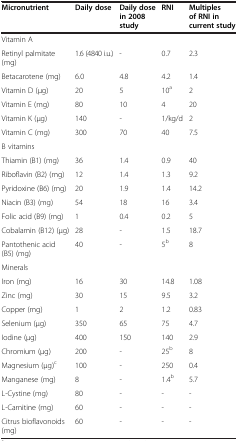
<table><thead><tr><td><b>Micronutrient</b></td><td><b>Daily dose</b></td><td><b>Daily dose in 2008 study</b></td><td><b>RNI</b></td><td><b>Multiples of RNI in current study</b></td></tr></thead><tbody><tr><td>Vitamin A</td><td> </td><td> </td><td> </td><td> </td></tr><tr><td>Retinyl palmitate (mg)</td><td>1.6 (4840 i.u.)</td><td>-</td><td>0.7</td><td>2.3</td></tr><tr><td>Betacarotene (mg)</td><td>6.0</td><td>4.8</td><td>4.2</td><td>1.4</td></tr><tr><td>Vitamin D (μg)</td><td>20</td><td>5</td><td>10<sup>a</sup></td><td>2</td></tr><tr><td>Vitamin E (mg)</td><td>80</td><td>10</td><td>4</td><td>20</td></tr><tr><td>Vitamin K (μg)</td><td>140</td><td>-</td><td>1/kg/d</td><td>2</td></tr><tr><td>Vitamin C (mg)</td><td>300</td><td>70</td><td>40</td><td>7.5</td></tr><tr><td>B vitamins</td><td> </td><td> </td><td> </td><td> </td></tr><tr><td>Thiamin (B1) (mg)</td><td>36</td><td>1.4</td><td>0.9</td><td>40</td></tr><tr><td>Riboflavin (B2) (mg)</td><td>12</td><td>1.4</td><td>1.3</td><td>9.2</td></tr><tr><td>Pyridoxine (B6) (mg)</td><td>20</td><td>1.9</td><td>1.4</td><td>14.2</td></tr><tr><td>Niacin (B3) (mg)</td><td>54</td><td>18</td><td>16</td><td>3.4</td></tr><tr><td>Folic acid (B9) (mg)</td><td>1</td><td>0.4</td><td>0.2</td><td>5</td></tr><tr><td>Cobalamin (B12) (μg)</td><td>28</td><td>-</td><td>1.5</td><td>18.7</td></tr><tr><td>Pantothenic acid (B5) (mg)</td><td>40</td><td>-</td><td>5<sup>b</sup></td><td>8</td></tr><tr><td>Minerals</td><td> </td><td> </td><td> </td><td> </td></tr><tr><td>Iron (mg)</td><td>16</td><td>30</td><td>14.8</td><td>1.08</td></tr><tr><td>Zinc (mg)</td><td>30</td><td>15</td><td>9.5</td><td>3.2</td></tr><tr><td>Copper (mg)</td><td>1</td><td>2</td><td>1.2</td><td>0.83</td></tr><tr><td>Selenium (μg)</td><td>350</td><td>65</td><td>75</td><td>4.7</td></tr><tr><td>Iodine (μg)</td><td>400</td><td>150</td><td>140</td><td>2.9</td></tr><tr><td>Chromium (μg)</td><td>200</td><td>-</td><td>25<sup>b</sup></td><td>8</td></tr><tr><td>Magnesium (μg)<sup>c</sup></td><td>100</td><td>-</td><td>250</td><td>0.4</td></tr><tr><td>Manganese (mg)</td><td>8</td><td>-</td><td>1.4<sup>b</sup></td><td>5.7</td></tr><tr><td>L-Cystine (mg)</td><td>80</td><td>-</td><td>-</td><td>-</td></tr><tr><td>L-Carnitine (mg)</td><td>60</td><td>-</td><td>-</td><td>-</td></tr><tr><td>Citrus bioflavonoids (mg)</td><td>60</td><td>-</td><td>-</td><td>-</td></tr></tbody></table>